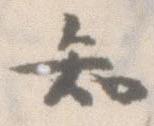
知